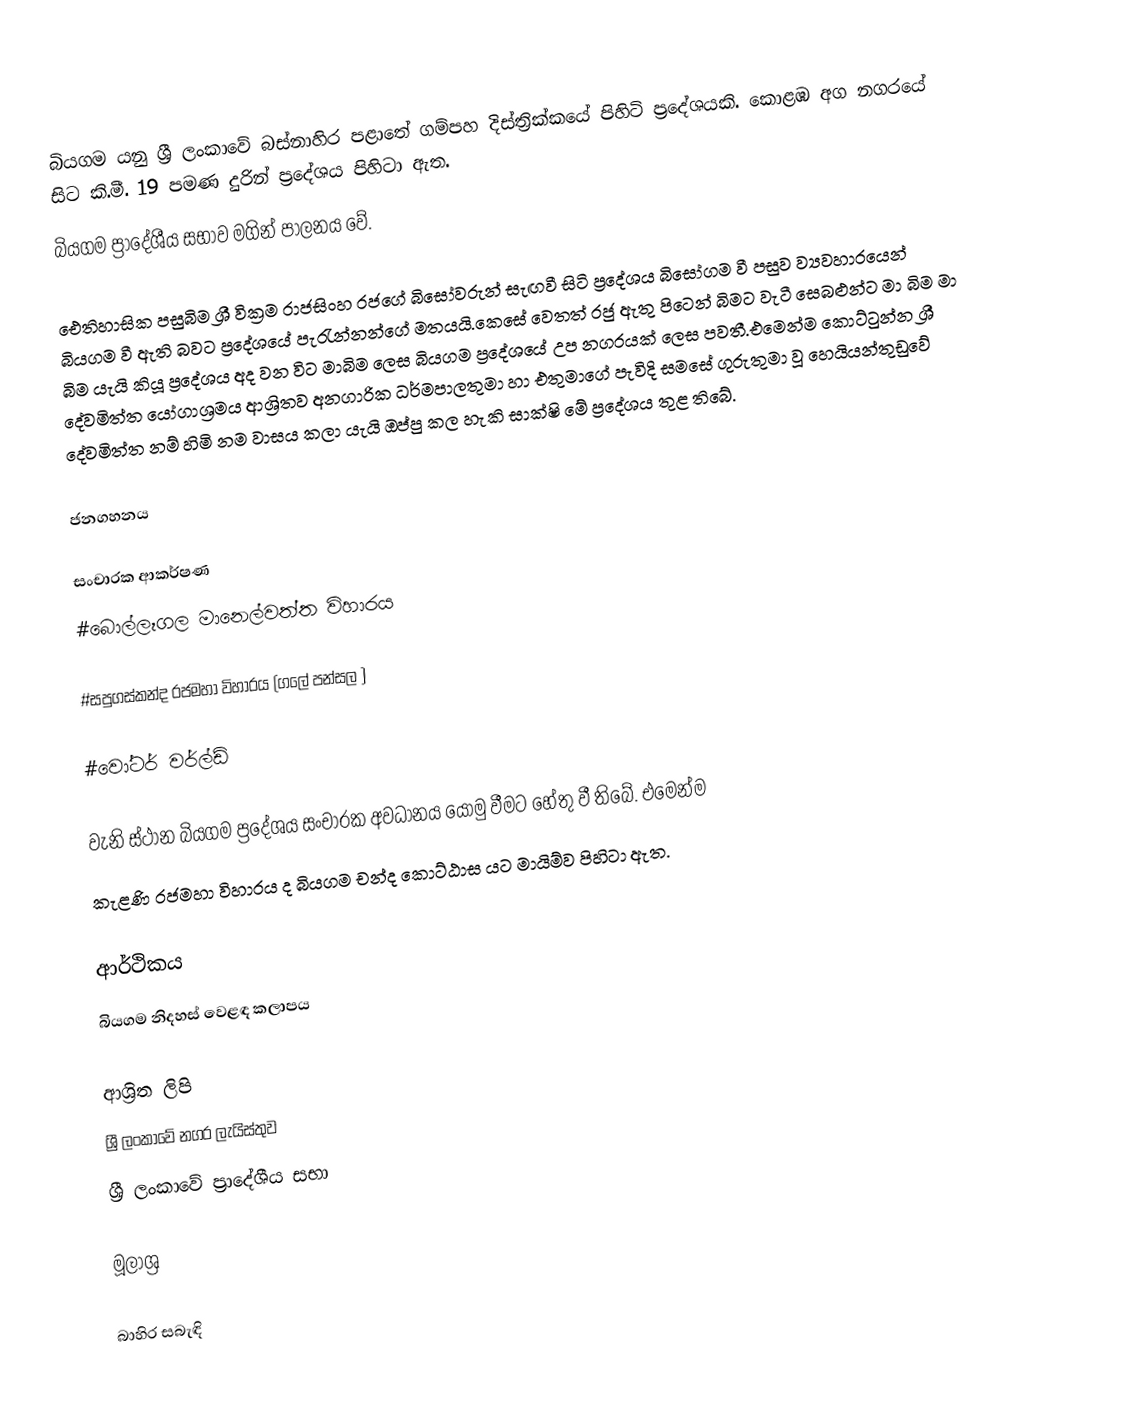
බියගම යනු ශ්‍රී ලංකාවේ බස්නාහිර පළාතේ ගම්පහ දිස්ත්‍රික්කයේ පිහිටි ප්‍රදේශයකි. කොළඹ අග නගරයේ සිට කි.මී. 19 පමණ දුරින් ප්‍රදේශය පිහිටා ඇත.
බියගම ප්‍රාදේශීය සභාව මගින් පාලනය වේ.

ඓතිහාසික පසුබිම  ශ්‍රී වික්‍රම රාජසිංහ රජගේ බිසෝවරුන් සැඟවී සිටි ප්‍රදේශය බිසෝගම වී පසුව ව්‍යවහාරයෙන් බියගම වී ඇති බවට ප්‍රදේශයේ පැරැන්නන්ගේ මතයයි.කෙසේ වෙතත් රජු ඇතු පිටෙන් බිමට වැටී සෙබළුන්ට මා බිම මා බිම යැයි කියූ ප්‍රදේශය අද වන විට මාබිම ලෙස බියගම ප්‍රදේශයේ උප නගරයක් ලෙස පවතී.එමෙන්ම කොට්ටුන්න ශ්‍රී දේවමිත්ත යෝගාශ්‍රමය ආශ්‍රිතව අනගාරික ධර්මපාලතුමා හා එතුමාගේ පැවිදි සමසේ ගුරුතුමා වූ හෙයියන්තුඩුවේ දේවමිත්ත නම් හිමි නම වාසය කලා යැයි ඔප්පු කල හැකි සාක්ෂි මේ ප්‍රදේශය තුළ තිබේ.

ජනගහනය

සංචාරක ආකර්ෂණ
#බොල්ලෑගල මානෙල්වත්ත විහාරය

#සපුගස්කන්ද රජමහා විහාරය (ගලේ පන්සල )

#වෝටර් වර්ල්ඩ්

වැනි ස්ථාන බියගම ප්‍රදේශය සංචාරක අවධානය යොමු වීමට හේතු වී තිබේ. එමෙන්ම
කැළණි රජමහා විහාරය ද බියගම චන්ද කොට්ඨාස යට මායිම්ව පිහිටා ඇත.

ආර්ථිකය
බියගම නිදහස් වෙළඳ කලාපය

ආශ්‍රිත ලිපි
 ශ්‍රී ලංකාවේ නගර ලැයිස්තුව
 ශ්‍රී ලංකාවේ ප්‍රාදේශීය සභා

මූලාශ්‍ර

බාහිර සබැඳි